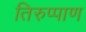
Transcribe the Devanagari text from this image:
तिरुप्पाण